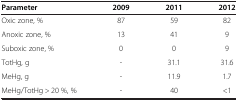
| Parameter | 2009 | 2011 | 2012 |
 | --- | --- | --- | --- |
 | Oxic zone, % | 87 | 59 | 82 |
 | Anoxic zone, % | 13 | 41 | 9 |
 | Suboxic zone, % | 0 | 0 | 9 |
 | TotHg, g | - | 31.1 | 31.6 |
 | MeHg, g | - | 11.9 | 1.7 |
 | MeHg/TotHg > 20 %, % | - | 40 | <1 |